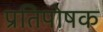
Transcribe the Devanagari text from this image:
प्रतिपोषक